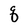
Character: q